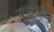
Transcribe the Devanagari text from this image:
यजुर्मंत्र